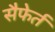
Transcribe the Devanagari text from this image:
सैफेर्त